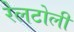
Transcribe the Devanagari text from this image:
रेलटोली